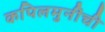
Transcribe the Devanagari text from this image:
कपिलमुनींची